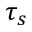
\tau _ { s }